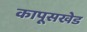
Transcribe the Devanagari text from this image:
कापूसखेड